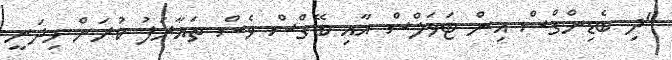
"ދި ބެޑިންގްސް އިން ޓަވަލްސް އާއި ބޭގްސް ވެސް ތައާރަފު ކުރަން މިދަނީ